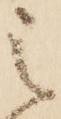
之